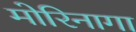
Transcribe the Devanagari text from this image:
मोरिनागा